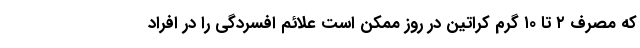
که مصرف ۲ تا ۱۰ گرم کراتین در روز ممکن است علائم افسردگی را در افراد